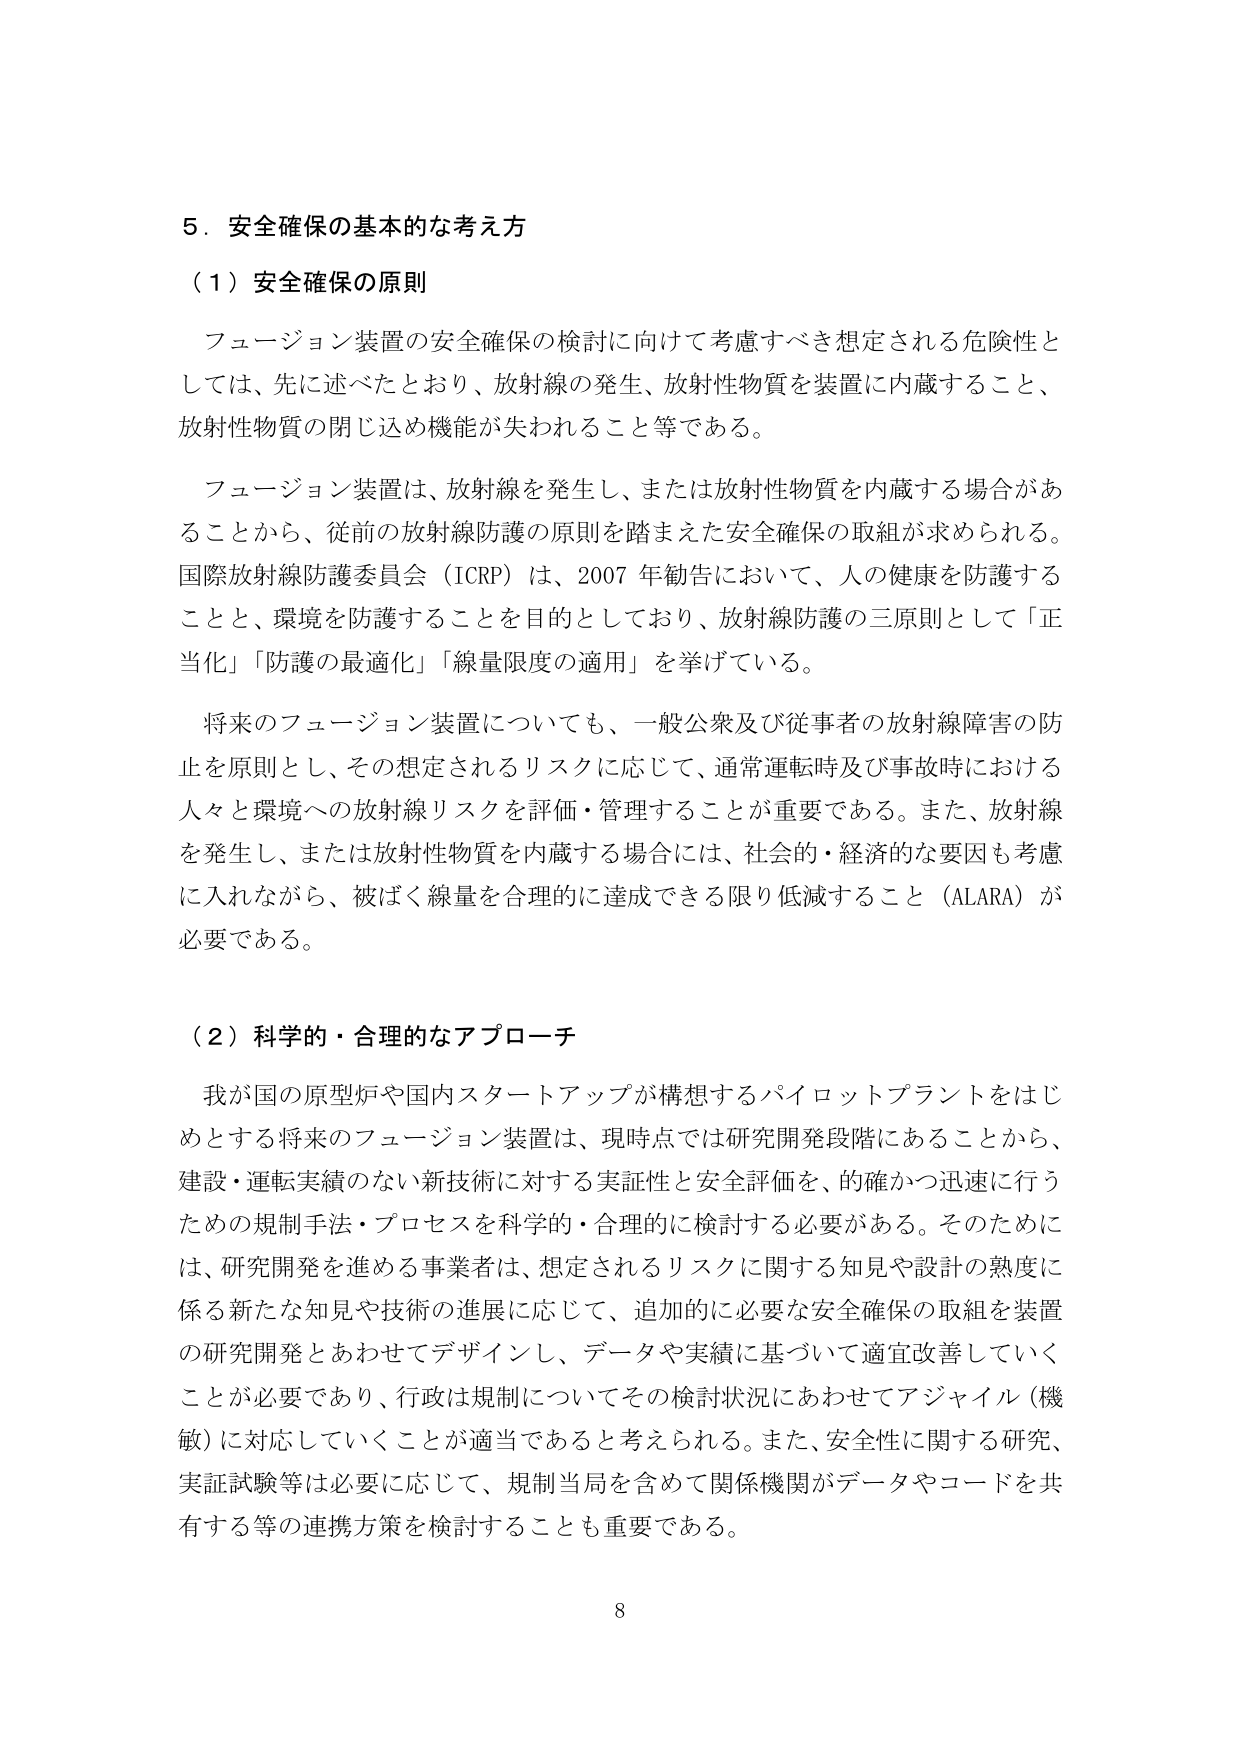
5．安全確保の基本的な考え方

（1）安全確保の原則

フュージョン装置の安全確保の検討に向けて考慮すべき想定される危険性としては、先に述べたとおり、放射線の発生、放射性物質を装置に内蔵すること、放射性物質の閉じ込め機能が失われること等である。

フュージョン装置は、放射線を発生し、または放射性物質を内蔵する場合があることから、従前の放射線防護の原則を踏まえた安全確保の取組が求められる。国際放射線防護委員会（ICRP）は、2007年勧告において、人の健康を防護することと、環境を防護することを目的としており、放射線防護の三原則として「正当化」「防護の最適化」「線量限度の適用」を挙げている。

将来のフュージョン装置についても、一般公衆及び従事者の放射線障害の防止を原則とし、その想定されるリスクに応じて、通常運転時及び事故時における人々と環境への放射線リスクを評価・管理することが重要である。また、放射線を発生し、または放射性物質を内蔵する場合には、社会的・経済的な要因も考慮に入れながら、被ばく線量を合理的に達成できる限り低減すること（ALARA）が必要である。

（2）科学的・合理的なアプローチ

我が国の原型炉や国内スタートアップが構想するパイロットプラントをはじめとする将来のフュージョン装置は、現時点では研究開発段階にあることから、建設・運転実績のない新技術に対する実証性と安全評価を、的確かつ迅速に行うための規制手法・プロセスを科学的・合理的に検討する必要がある。そのためには、研究開発を進める事業者は、想定されるリスクに関する知見や設計の熟度に係る新たな知見や技術の進展に応じて、追加的に必要な安全確保の取組を装置の研究開発とあわせてデザインし、データや実績に基づいて適宜改善していくことが必要であり、行政は規制についてその検討状況にあわせてアジャイル（機敏）に対応していくことが適当であると考えられる。また、安全性に関する研究、実証試験等は必要に応じて、規制当局を含めて関係機関がデータやコードを共有する等の連携方策を検討することも重要である。

8